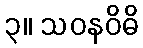
၃။ သဝနဝိဓိ